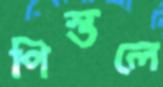
পিস্তলে